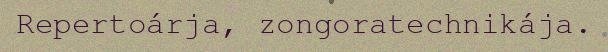
Repertoárja, zongoratechnikája.